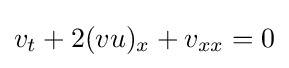
v_{t}+2(vu)_{x}+v_{xx}=0